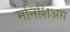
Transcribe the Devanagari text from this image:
मनिशिअस